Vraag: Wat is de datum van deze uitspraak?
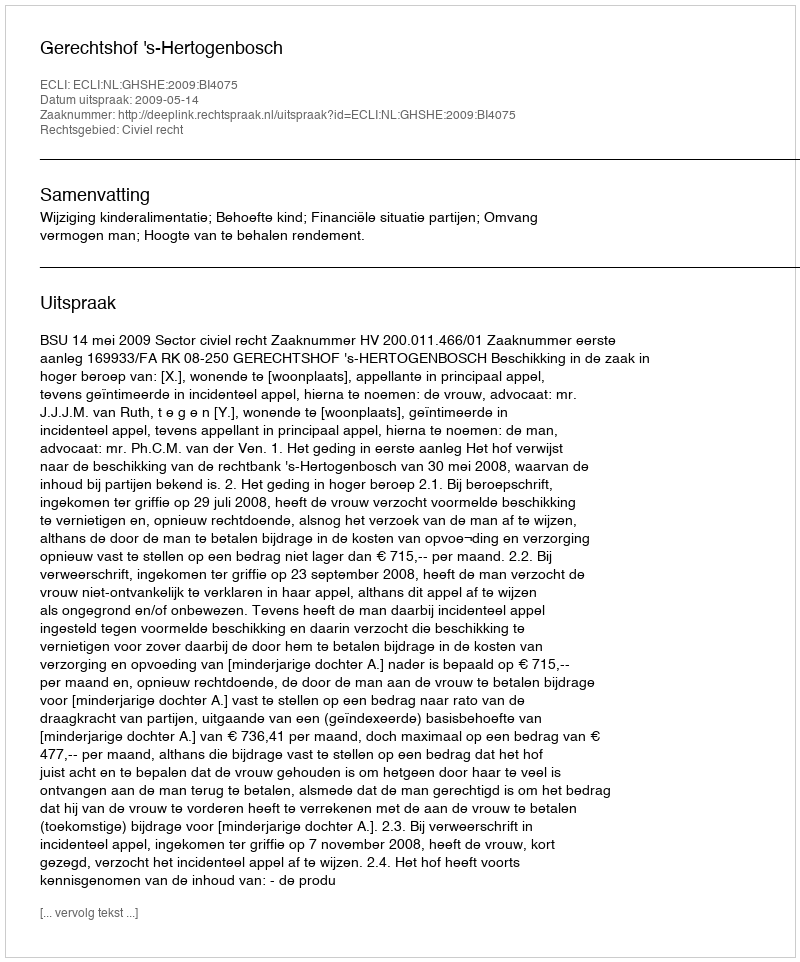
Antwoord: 2009-05-14